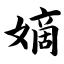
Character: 嫡